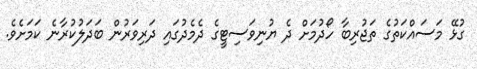
ގުޅޭ މަސައްކަތުގެ ތަޖުރިބާ ހޯދުމަށް ދެ ޔުނިވަސިޓީގެ ދެމެދުގައި ދަރިވަރުން ބަދަލުކުރާނެ ކަމަށެވެ.